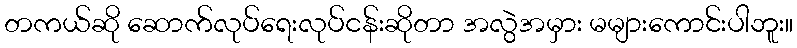
တကယ်ဆို ဆောက်လုပ်ရေးလုပ်ငန်းဆိုတာ အလွဲအမှား မများကောင်းပါဘူး။